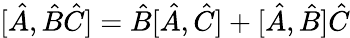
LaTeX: [\hat{A},\hat{B}\hat{C}]=\hat{B}[\hat{A},\hat{C}]+[\hat{A},\hat{B}]\hat{C}